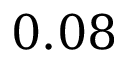
0 . 0 8